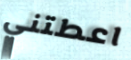
اعطتني